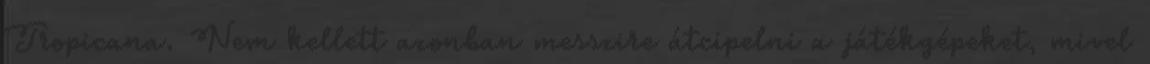
Tropicana. Nem kellett azonban messzire átcipelni a játékgépeket, mivel